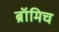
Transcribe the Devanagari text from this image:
ब्रॉमिच